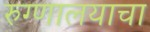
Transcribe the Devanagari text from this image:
रुग्णालयाचा